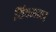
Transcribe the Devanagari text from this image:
शिवलकर